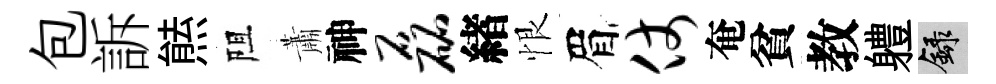
包訴㷱阻蕭神磊緖恨眉仗奄貧教軆録